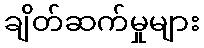
ချိတ်ဆက်မှုများ